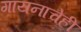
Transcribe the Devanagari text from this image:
गायनाचेही